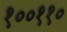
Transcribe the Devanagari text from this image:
१००११०